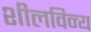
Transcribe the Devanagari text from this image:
शीलविन्य